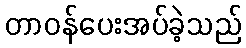
တာဝန်ပေးအပ်ခဲ့သည်